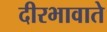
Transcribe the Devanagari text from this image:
दीरभावाते